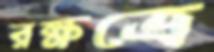
রক্ষত্রে